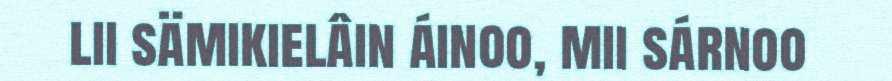
lii sämikielâin áinoo, mii sárnoo